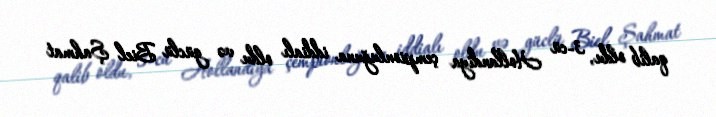
qalib oldu, 3-cü Hollandiya çempionluğuna iddialı oldu və güclü Biel Şahmat